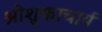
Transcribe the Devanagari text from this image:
श्रीशुकाचार्य